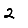
Digit: 2